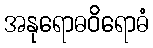
အနုရောဓဝိရောဓံ